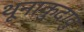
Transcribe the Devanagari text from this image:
थूनाकुदावु